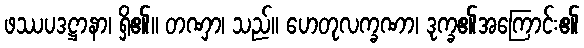
ဖဿပဒဋ္ဌာနာ၊ ရှိ၏။ တဏှာ၊ သည်။ ဟေတုလက္ခဏာ၊ ဒုက္ခ၏အကြောင်း၏